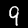
Label: 9